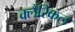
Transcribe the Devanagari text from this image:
क्लैरिकल